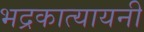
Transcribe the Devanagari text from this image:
भद्रकात्यायनी